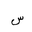
Letter: _sin